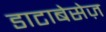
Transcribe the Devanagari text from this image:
डाटाबेसेज़